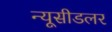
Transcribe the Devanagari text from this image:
न्यूसीडलर